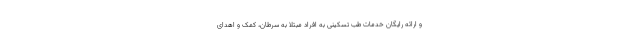
و ارائه رایگان خدمات طب تسکینی به افراد مبتلا به سرطان، کمک و اهدای